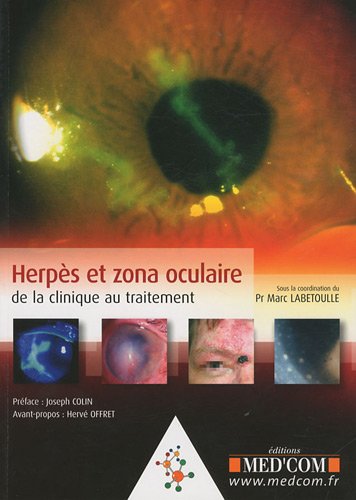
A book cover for Herpes et zona oculaire (French Edition); HervÃEÂ© Offret; Health, Fitness & Dieting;